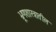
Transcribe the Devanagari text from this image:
भ्रूणशास्त्रातील